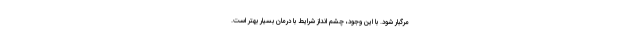
مرگبار شود. با این وجود، چشم انداز شرایط با درمان بسیار بهتر است.